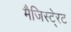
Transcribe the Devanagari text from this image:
मैजिस्टे्रट